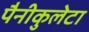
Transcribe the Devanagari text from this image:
पैनीकुलेटा